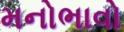
મનોભાવો